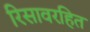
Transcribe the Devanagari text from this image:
रिसावरहित